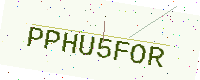
Text: PPHU5FOR